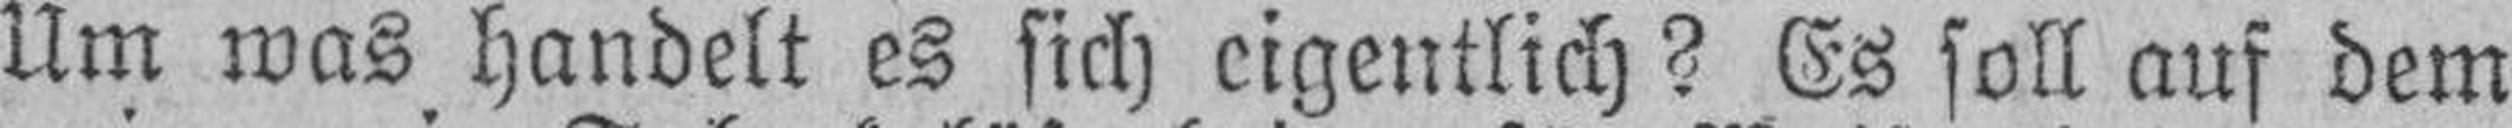
Um was handelt es sich eigentlich? Es soll auf dem